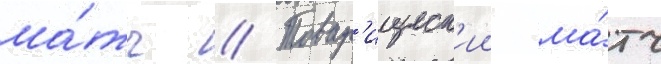
ма́тч // Товар'ищеск'ии ма́тч